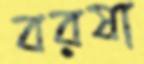
বরষা